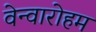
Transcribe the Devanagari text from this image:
वेन्वारोहम